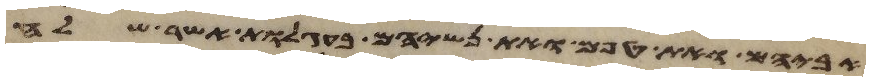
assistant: אביהם ואת טפם ואת נשיהם בעגלות אשר שלח